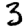
Digit: 3